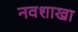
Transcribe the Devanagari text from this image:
नवशाखा